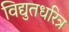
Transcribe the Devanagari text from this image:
विद्युतधरित्र